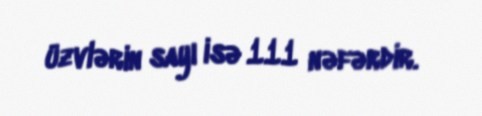
üzvlərin sayı isə 111 nəfərdir.